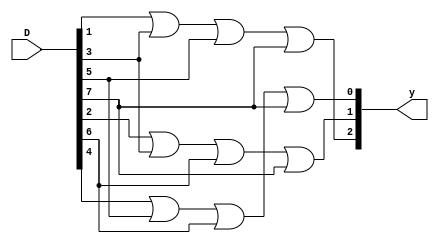
`timescale 1ns / 1ps
//////////////////////////////////////////////////////////////////////////////////
// Company: 
// Engineer: 
// 
// Design Name: 
// Module Name: ENODER_BIN
// Project Name: 
// Target Devices: 
// Tool Versions: 
// Description: 
// 
// Dependencies: 
// 
// Revision:
// Revision 0.01 - File Created
// Additional Comments:
// 
//////////////////////////////////////////////////////////////////////////////////


module ENODER_BIN(input[7:0] D, output[2:0] y);

assign y[2]=D[1]|D[3]|D[5]|D[7];
assign y[1]=D[2]|D[3]|D[6]|D[7];
assign y[0]=D[4]|D[5]|D[6]|D[7];
endmodule